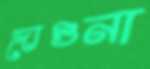
দোগুনা